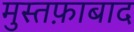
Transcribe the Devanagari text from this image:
मुस्तफ़ाबाद